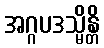
အဂ္ဂပဒသ္မိန္တိ